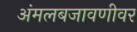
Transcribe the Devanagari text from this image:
अंमलबजावणीवर